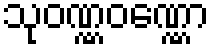
သုဝဏ္ဏဝဏ္ဏော